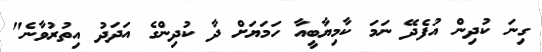
ގިނަ ކުދިން އުފެދޭ ނަމަ ކާމިޔާބީއާ ހަމަޔަށް ދާ ކުދިންގެ އަދަދު އިތުރުވާނެ"